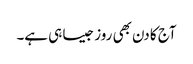
آج کا دن بھی روز جیسا ہی ہے۔